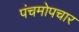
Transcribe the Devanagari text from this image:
पंचमोपचार